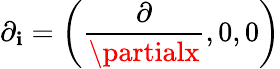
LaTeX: \displaystyle\partial_{\mathbf{i}}=\left(\frac{{\partial}}{{\partialx}},0,0\right)